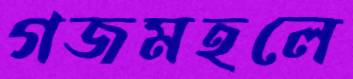
গজমহলে